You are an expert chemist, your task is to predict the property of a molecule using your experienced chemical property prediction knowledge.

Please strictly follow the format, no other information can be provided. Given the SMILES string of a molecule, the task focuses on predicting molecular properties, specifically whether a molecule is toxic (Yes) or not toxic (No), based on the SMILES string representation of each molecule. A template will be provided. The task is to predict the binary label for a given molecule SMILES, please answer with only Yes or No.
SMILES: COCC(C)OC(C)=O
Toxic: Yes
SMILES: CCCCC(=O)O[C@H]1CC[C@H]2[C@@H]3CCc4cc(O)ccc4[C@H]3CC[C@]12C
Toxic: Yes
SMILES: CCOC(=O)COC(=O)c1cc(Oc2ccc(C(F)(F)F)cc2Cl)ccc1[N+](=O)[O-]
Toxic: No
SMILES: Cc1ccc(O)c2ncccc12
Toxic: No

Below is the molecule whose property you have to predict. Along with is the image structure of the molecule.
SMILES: CCCCOC(=O)CC#N
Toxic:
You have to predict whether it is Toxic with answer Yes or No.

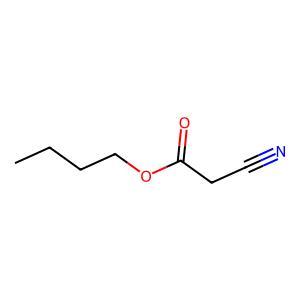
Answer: No